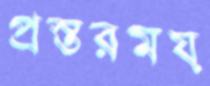
প্রস্তরময়